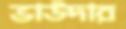
ভাউদার